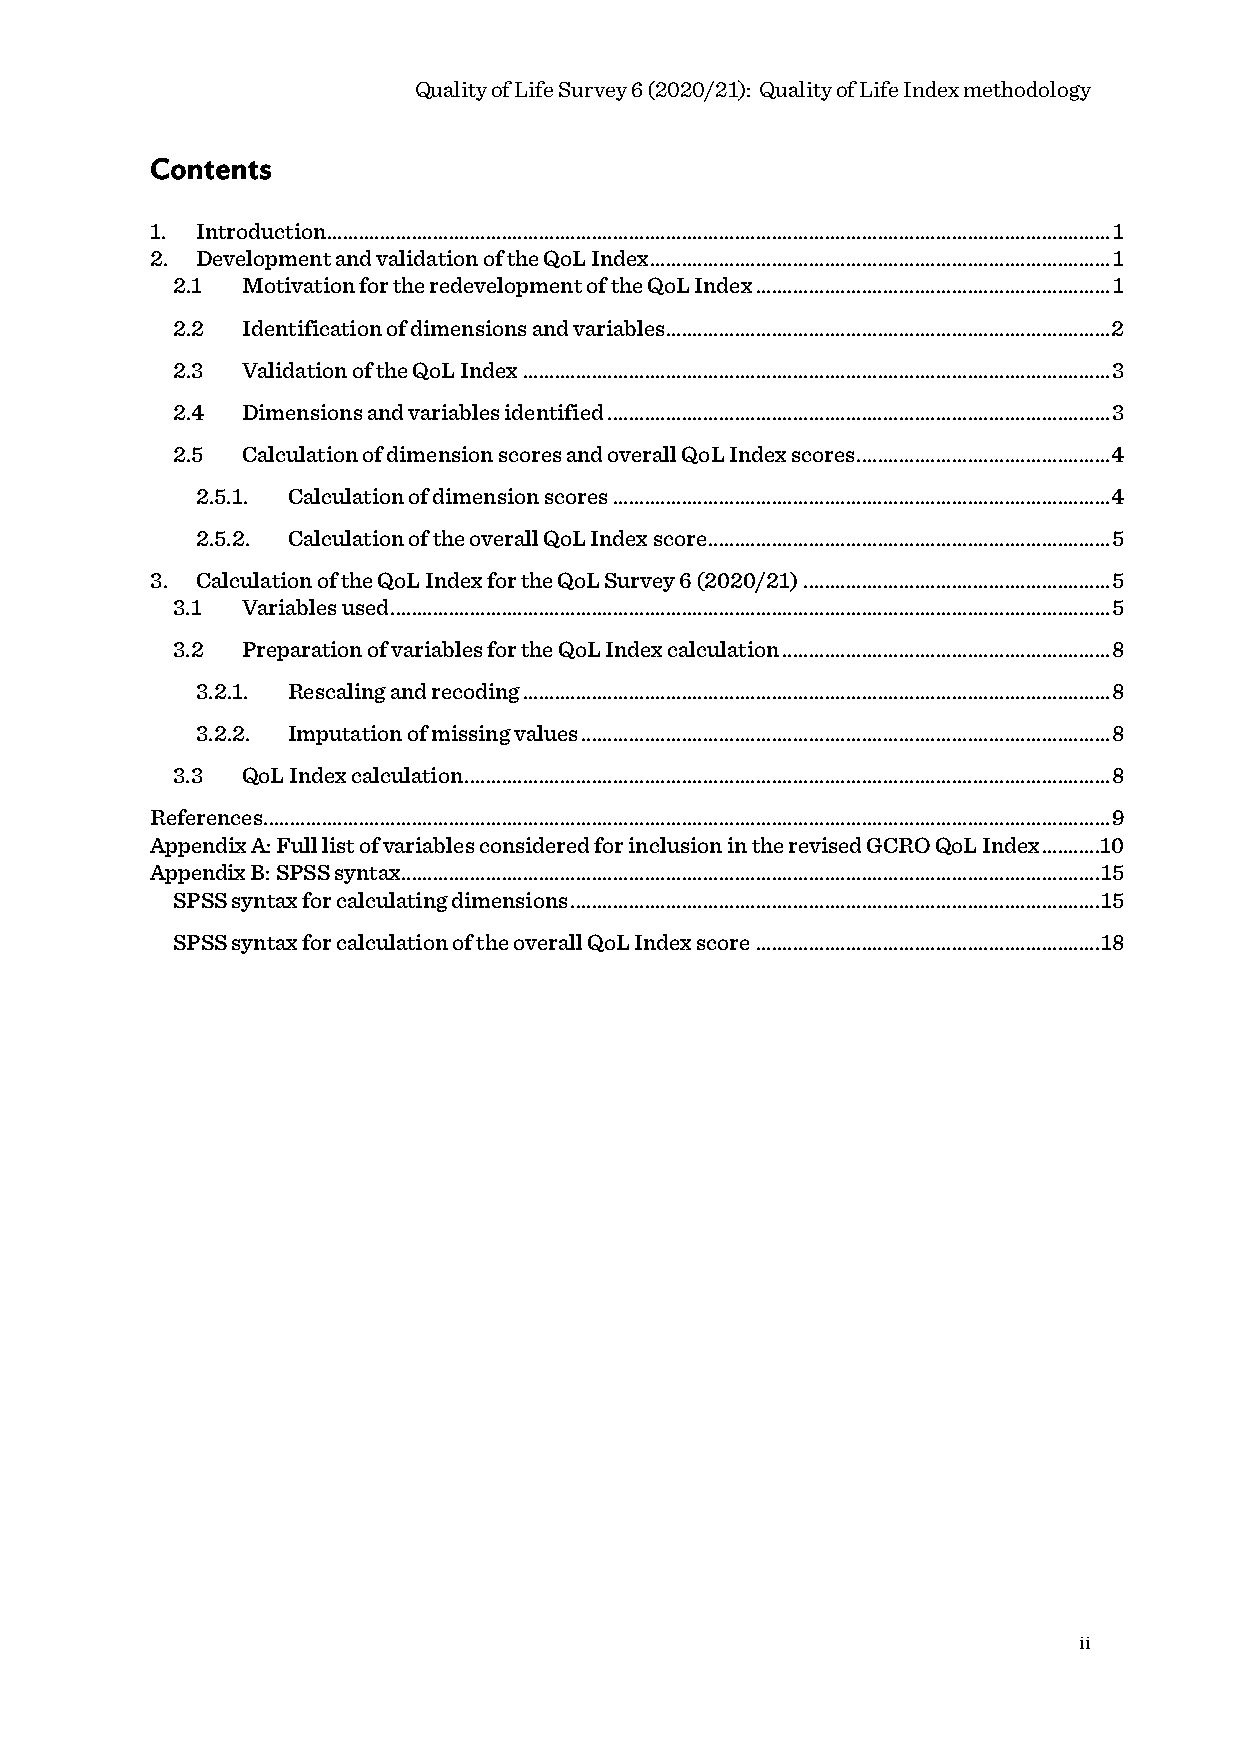
Quality of Life Survey 6 (2020/21): Quality of Life Index methodology
 Contents
 1. Introduction .................................................................................................................................................... 1
 2. Development and validation of the QoL Index ....................................................................................... 1
 2.1  Motivation for the redevelopment of the QoL Index ................................................................... 1
 2.2  Identification of dimensions and variables .................................................................................... 2
 2.3  Validation of the QoL Index ............................................................................................................... 3
 2.4  Dimensions and variables identified ............................................................................................... 3
 2.5  Calculation of dimension scores and overall QoL Index scores ................................................ 4
 2.5.1. Calculation of dimension scores .............................................................................................. 4
 2.5.2. Calculation of the overall QoL Index score ............................................................................ 5
 3. Calculation of the QoL Index for the QoL Survey 6 (2020/21) .......................................................... 5
 3.1  Variables used ........................................................................................................................................ 5
 3.2  Preparation of variables for the QoL Index calculation .............................................................. 8
 3.2.1. Rescaling and recoding ............................................................................................................... 8
 3.2.2. Imputation of missing values .................................................................................................... 8
 3.3  QoL Index calculation .......................................................................................................................... 8
 References ................................................................................................................................................................ 9
 Appendix A: Full list of variables considered for inclusion in the revised GCRO QoL Index ........... 10
 Appendix B: SPSS syntax .................................................................................................................................... 15
 SPSS syntax for calculating dimensions .................................................................................................... 15
 SPSS syntax for calculation of the overall QoL Index score ................................................................. 18
 ii